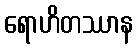
ရောဟိတဿာန